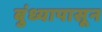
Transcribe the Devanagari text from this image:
बुंध्यापासून